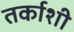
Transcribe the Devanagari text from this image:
तर्काशी